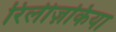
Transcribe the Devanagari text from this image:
रिलीज़किया